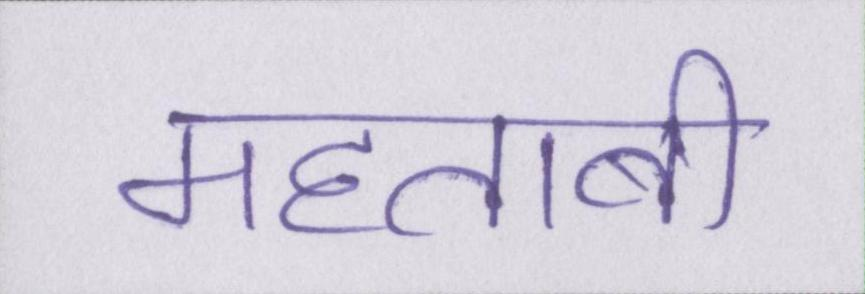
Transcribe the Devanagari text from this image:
महताबी